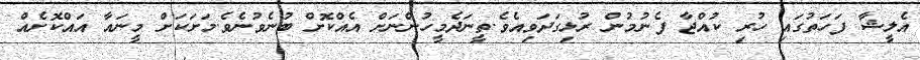
އެލީޝާ ފަހަތުގައި ހުރި ކުއްޖާ ފެނުމުން ރުޅިގަދަވިއެވެ.ތީނަދެމީހުންނަށް އެއްކޮށް ބުނެވުނެވެ.މަށަކަށް މީނައާ އައްކޮށެއް